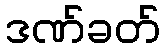
ဒဏ်ခတ်